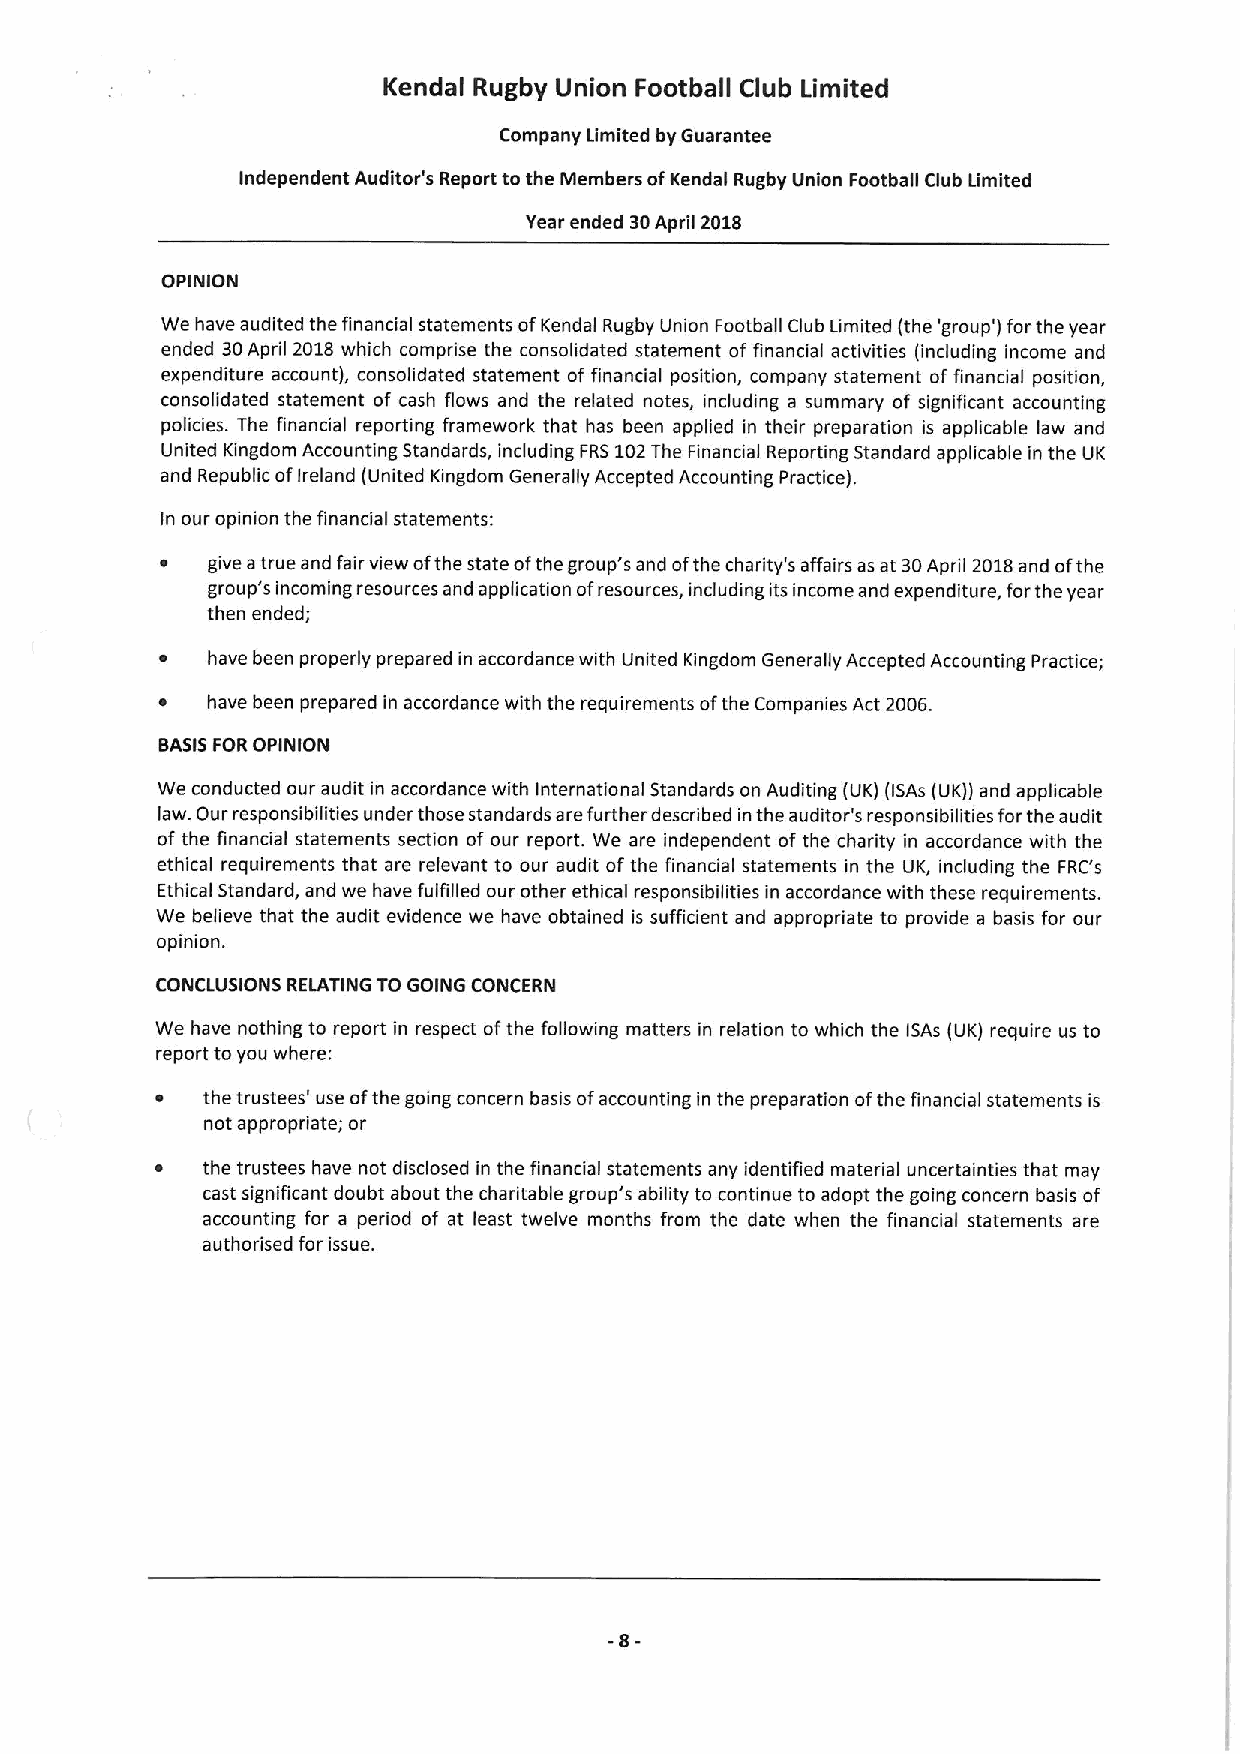
Kendal Rugby Union Football Club Limited
 Company Limited by Guarantee
 Independent Auditor's Report to the Members ofKendal Rugby Union Football Club Limited
 Year ended 30April 2018
 OPINION
 We have audited the financial statements ofKendal Rugby Union Football Club Limited (the 'group') forthe year
 ended 30April 2018 which comprise the consolidated statement offinancial activities (including income and
 expenditure account), consolidated statement of financial position, company statement offinancial position,
 consolidated statement of cash flows and the related notes, including a summary of significant accounting
 policies. The financial reporting framework that has been applied in their preparation is applicable law and
 United Kingdom Accounting Standards, including FRS102The Financial Reporting Standard applicable in the UK
 and Republic ofIreland (United Kingdom Generally Accepted Accounting Practice).
 In our opinion the financial statements:
 ~  give atrue and fair view ofthe state ofthe group's and ofthe charity's affairs as at 30April 2018and ofthe
 group's incoming resources and app(ication ofresources, including its income and expenditure, forthe year
 then ended;
 ~  have been properly prepared in accordance with United Kingdom Generally Accepted Accounting Practice;
 ~   have been prepared in accordance with the requirements ofthe Companies Act 2006.
 BASISFOROPINION
 We conducted our audit in accordance with International Standards on Auditing (UK) (ISAs (UK)) and applicable
 law. Our responsibilities under those standards are further described in the auditor's responsibilities forthe audit
 of the financial statements section of our report. We are independent of the charity in accordance with the
 ethical requirements that are relevant to our audit ofthe financial statements in the UK, including the FRC's
 Ethical Standard, and we have fulfilled our other ethical responsibilities in accordance with these requirements.
 We believe that the audit evidence we have obtained is sufficient and appropriate to provide a basis for our
 opinion.
 CONCLUSIONS RELATING TO GOING CONCERN
 We have nothing to report in respect ofthe following matters in relation to which the ISAs (UK) require us to
 report to you where:
 the trustees' use ofthe going concern basis ofaccounting in the preparation ofthe financial statements is
 not appropriate; or
 the trustees have not disclosed in the financial statements any identified material uncertainties that may
 cast significant doubt about the charitable group's ability to continue to adopt the going concern basis of
 accounting for a period of at least twelve months from the date when the financial statements are
 authorised for issue.